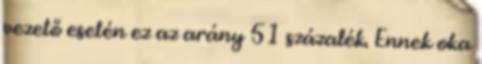
vezető esetén ez az arány 51 százalék. Ennek oka